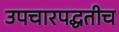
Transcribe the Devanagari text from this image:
उपचारपद्धतीच